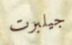
جيلبرت